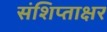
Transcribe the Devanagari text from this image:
संशिप्ताक्षर